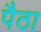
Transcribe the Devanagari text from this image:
पैठा